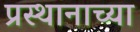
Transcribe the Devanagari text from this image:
प्रस्थानाच्या